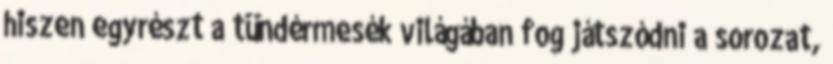
hiszen egyrészt a tündérmesék világában fog játszódni a sorozat,